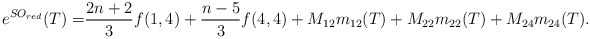
\begin{align*}e^{SO_{red}}(T)=&\frac{2n+2}{3}f(1,4)+\frac{n-5}{3}f(4,4)+M_{12}m_{12}(T)+M_{22}m_{22}(T)+M_{24}m_{24}(T).\end{align*}